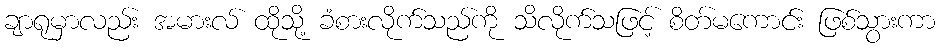
ချာရုမှာလည်း အမားလ် ထိုသို့ ခံစားလိုက်သည်ကို သိလိုက်သဖြင့် စိတ်မကောင်း ဖြစ်သွားကာ